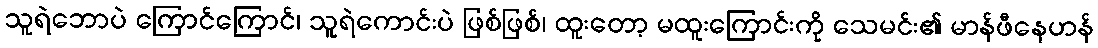
သူရဲဘောပဲ ကြောင်ကြောင်၊ သူရဲကောင်းပဲ ဖြစ်ဖြစ်၊ ထူးတော့ မထူးကြောင်းကို သေမင်း၏ မာန်ဖီနေဟန်